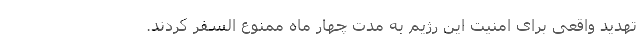
تهدید واقعی برای امنیت این رژیم به مدت چهار ماه ممنوع السفر کردند.